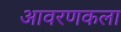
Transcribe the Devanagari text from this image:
आवरणकला